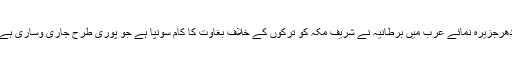
ادھرجزیرہ نمائے عرب میں برطانیہ نے شریف مکہ کو ترکوں کے خلاف بغاوت کا کام سونپا ہے جو پوری طرح جاری وساری ہے۔